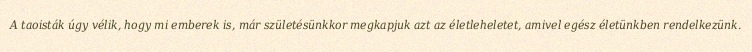
A taoisták úgy vélik, hogy mi emberek is, már születésünkkor megkapjuk azt az életleheletet, amivel egész életünkben rendelkezünk.